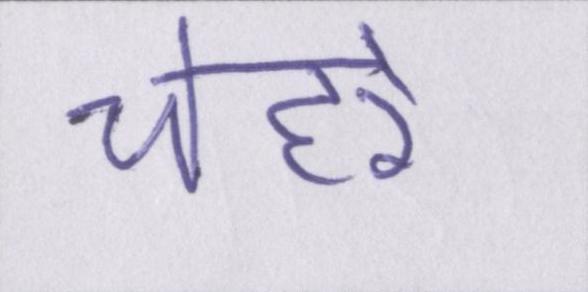
चेहरे